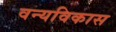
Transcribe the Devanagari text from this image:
वन्यविकास